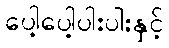
ပေါ့ပေါ့ပါးပါးနှင့်